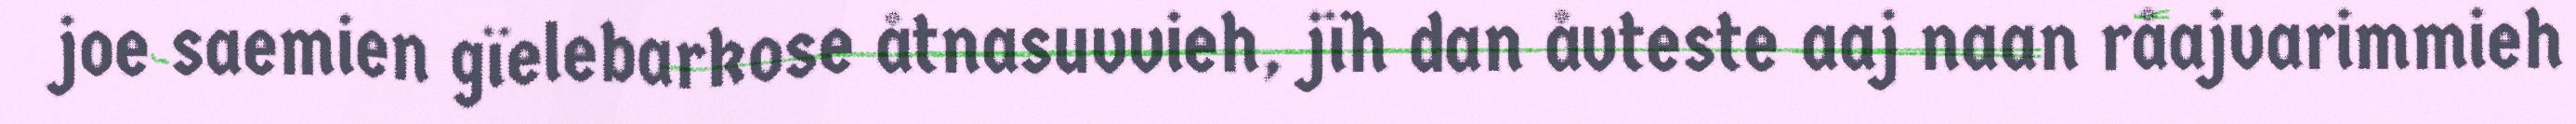
joe saemien gïelebarkose åtnasuvvieh, jïh dan åvteste aaj naan råajvarimmieh